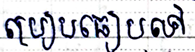
ប្រៀបធៀបទៅ